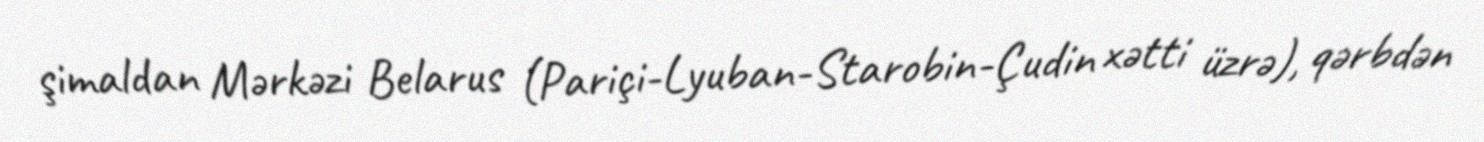
şimaldan Mərkəzi Belarus (Pariçi-Lyuban-Starobin-Çudin xətti üzrə), qərbdən